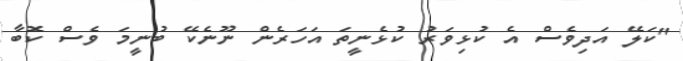
"ކަލޭ އަދިވެސް އެ ކުޅިވަރު ކުޅެނީތަ އަހަރެން ނޫނެކޭ ބުނީމަ ވެސް ކޮބާ